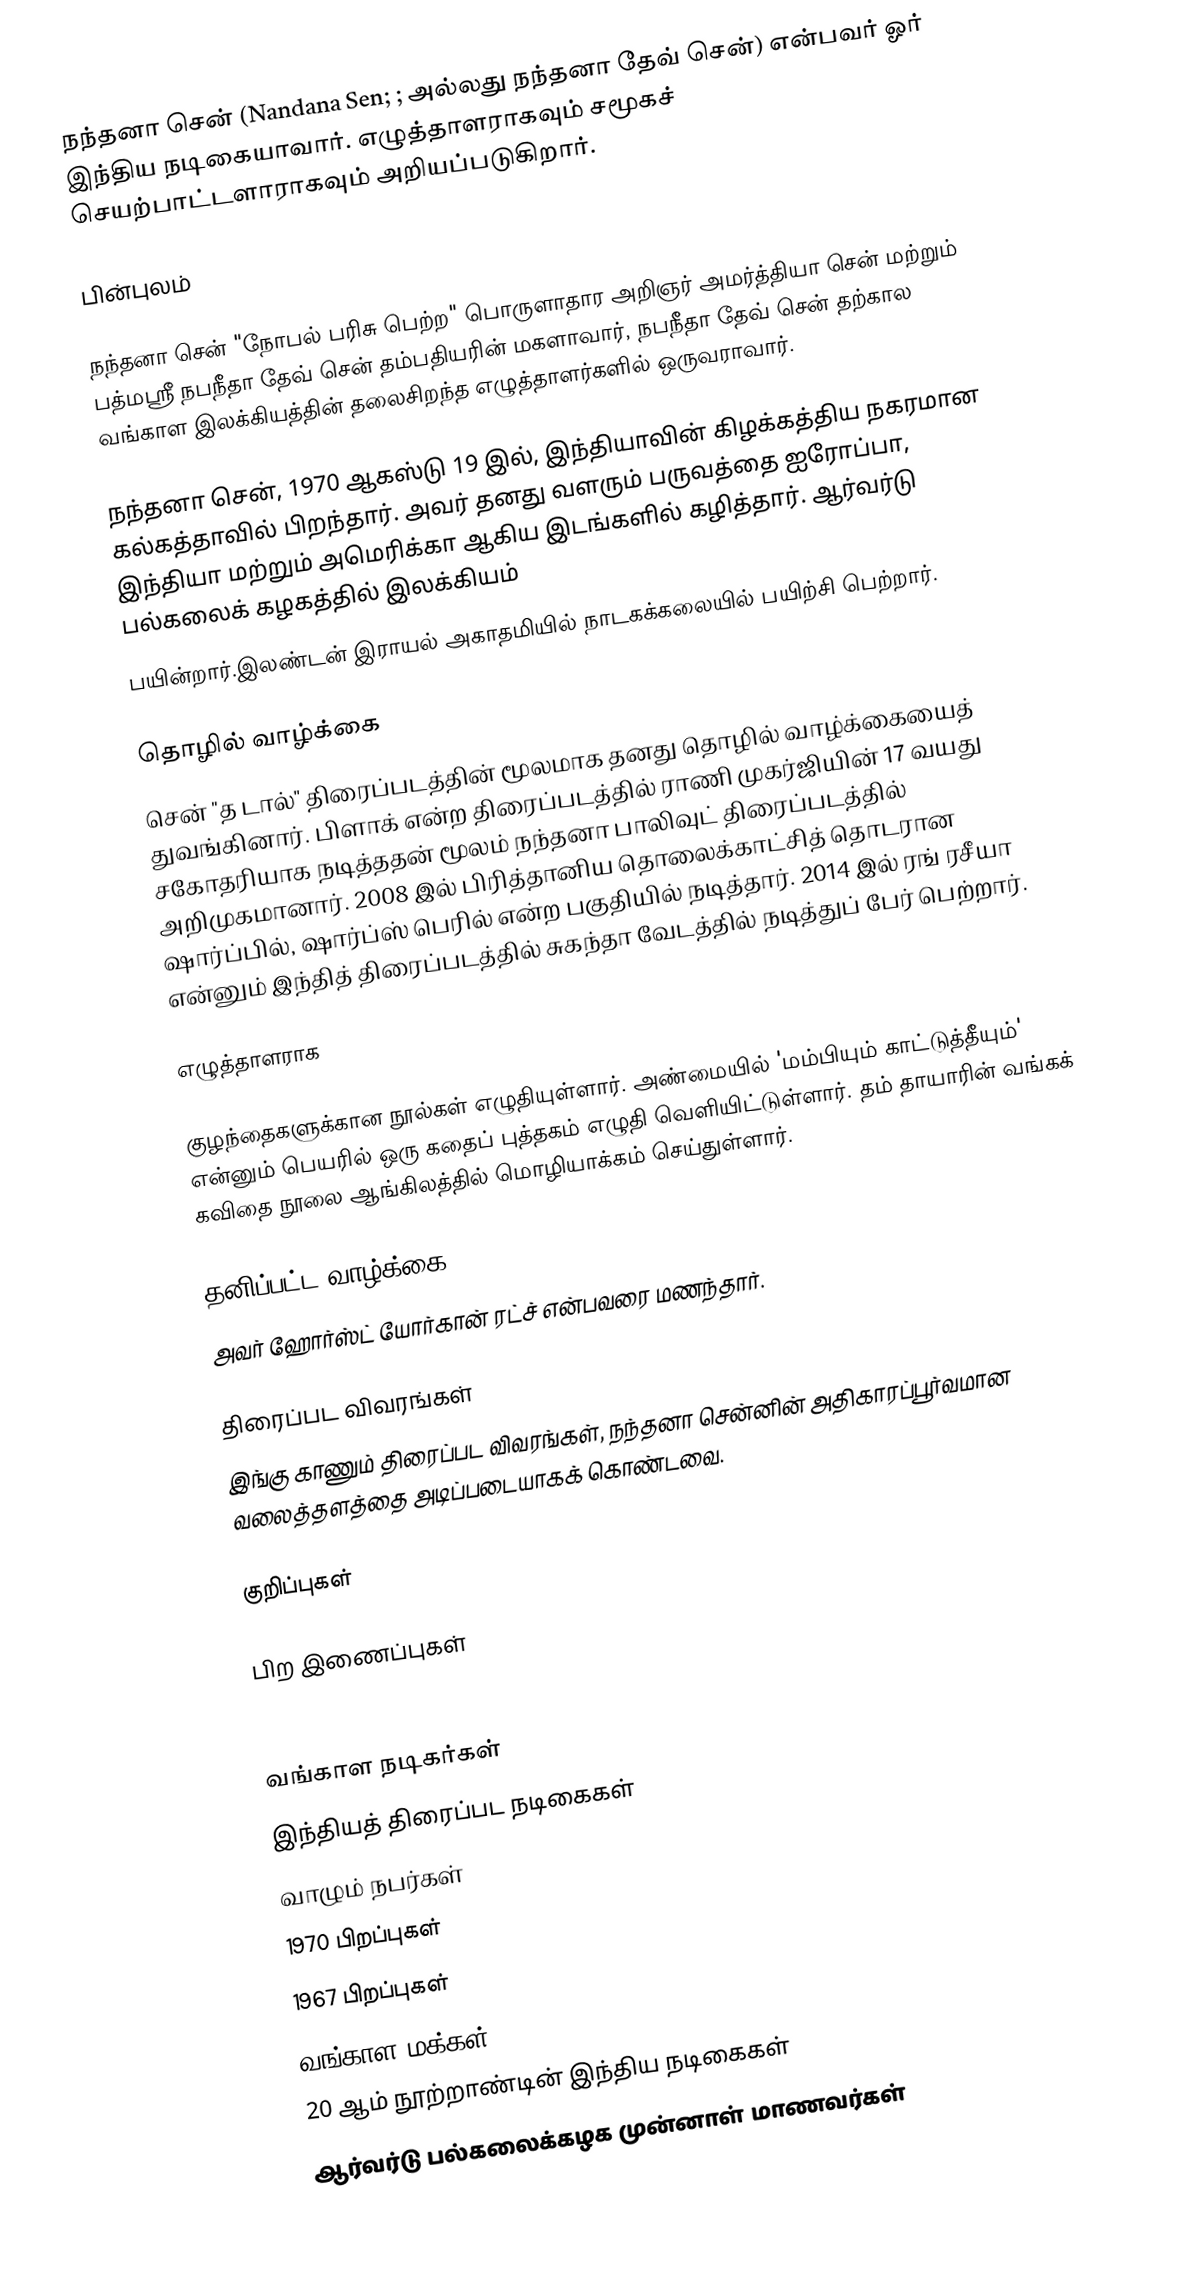
நந்தனா சென் (Nandana Sen; ; அல்லது நந்தனா தேவ் சென்) என்பவர் ஓர் இந்திய நடிகையாவார். எழுத்தாளராகவும் சமூகச் செயற்பாட்டளாராகவும் அறியப்படுகிறார்.

பின்புலம்

நந்தனா சென் "நோபல் பரிசு பெற்ற" பொருளாதார அறிஞர் அமர்த்தியா சென் மற்றும் பத்மஸ்ரீ நபநீதா தேவ் சென் தம்பதியரின் மகளாவார், நபநீதா தேவ் சென் தற்கால வங்காள இலக்கியத்தின் தலைசிறந்த எழுத்தாளர்களில் ஒருவராவார்.

நந்தனா சென், 1970 ஆகஸ்டு 19 இல், இந்தியாவின் கிழக்கத்திய நகரமான கல்கத்தாவில் பிறந்தார். அவர் தனது வளரும் பருவத்தை ஐரோப்பா, இந்தியா மற்றும் அமெரிக்கா ஆகிய இடங்களில் கழித்தார். ஆர்வர்டு பல்கலைக் கழகத்தில் இலக்கியம்
பயின்றார்.இலண்டன் இராயல் அகாதமியில் நாடகக்கலையில் பயிற்சி பெற்றார்.

தொழில் வாழ்க்கை
சென் "த டால்" திரைப்படத்தின் மூலமாக தனது தொழில் வாழ்க்கையைத் துவங்கினார். பிளாக் என்ற திரைப்படத்தில் ராணி முகர்ஜியின் 17 வயது சகோதரியாக நடித்ததன் மூலம் நந்தனா பாலிவுட் திரைப்படத்தில் அறிமுகமானார். 2008 இல் பிரித்தானிய தொலைக்காட்சித் தொடரான ஷார்ப்பில், ஷார்ப்ஸ் பெரில் என்ற பகுதியில் நடித்தார். 2014 இல் ரங் ரசீயா என்னும் இந்தித் திரைப்படத்தில் சுகந்தா வேடத்தில் நடித்துப் பேர் பெற்றார்.

எழுத்தாளராக

குழந்தைகளுக்கான நூல்கள் எழுதியுள்ளார். அண்மையில் 'மம்பியும் காட்டுத்தீயும்' என்னும் பெயரில் ஒரு கதைப் புத்தகம் எழுதி வெளியிட்டுள்ளார். தம் தாயாரின் வங்கக் கவிதை நூலை ஆங்கிலத்தில் மொழியாக்கம் செய்துள்ளார்.

தனிப்பட்ட வாழ்க்கை
அவர் ஹோர்ஸ்ட் யோர்கான் ரட்ச் என்பவரை மணந்தார்.

திரைப்பட விவரங்கள்
இங்கு காணும் திரைப்பட விவரங்கள், நந்தனா சென்னின் அதிகாரப்பூர்வமான வலைத்தளத்தை அடிப்படையாகக் கொண்டவை.

குறிப்புகள்

பிற இணைப்புகள்

வங்காள நடிகர்கள்
இந்தியத் திரைப்பட நடிகைகள்
வாழும் நபர்கள்
1970 பிறப்புகள்
1967 பிறப்புகள்
வங்காள மக்கள்
20 ஆம் நூற்றாண்டின் இந்திய நடிகைகள்
ஆர்வர்டு பல்கலைக்கழக முன்னாள் மாணவர்கள்